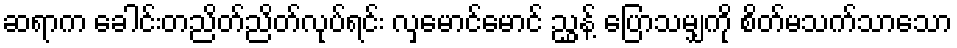
ဆရာက ခေါင်းတညိတ်ညိတ်လုပ်ရင်း လှမောင်မောင် ညွှန့် ပြောသမျှကို စိတ်မသက်သာသော